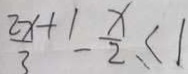
\frac { 2 x } { 3 } ^ { + 1 } - \frac { x } { 2 } \leq 1